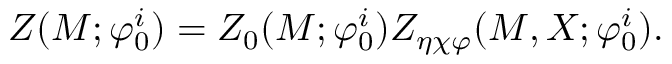
Z ( { \cal M } ; { \varphi } _ { 0 } ^ { i } ) = Z _ { 0 } ( { \cal M } ; { \varphi } _ { 0 } ^ { i } ) Z _ { \eta \chi \varphi } ( { \cal M } , X ; { \varphi } _ { 0 } ^ { i } ) .